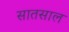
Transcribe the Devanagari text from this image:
सातसाल